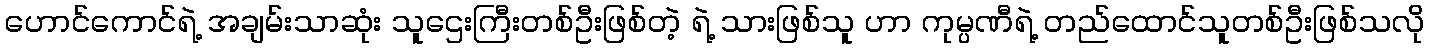
ဟောင်ကောင်ရဲ့ အချမ်းသာဆုံး သူဌေးကြီးတစ်ဦးဖြစ်တဲ့ ရဲ့ သားဖြစ်သူ ဟာ ကုမ္ပဏီရဲ့ တည်ထောင်သူတစ်ဦးဖြစ်သလို